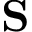
\mathbf S